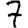
Digit: 7